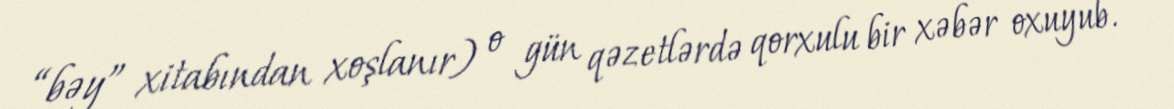
“bəy” xitabından xoşlanır) o gün qəzetlərdə qorxulu bir xəbər oxuyub.